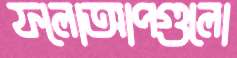
ফলোআপগুলো